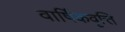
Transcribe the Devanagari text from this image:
वार्षिकवृत्ति